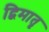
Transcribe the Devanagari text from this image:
द्विमातृ